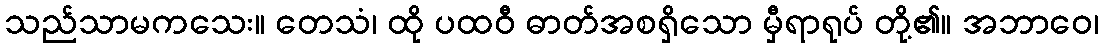
သည်သာမကသေး။ တေသံ၊ ထို ပထဝီ ဓာတ်အစရှိသော မှီရာရုပ် တို့၏။ အဘာဝေ၊